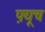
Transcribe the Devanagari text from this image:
फ़्यूच